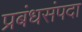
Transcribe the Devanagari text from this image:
प्रबंधसंपदा